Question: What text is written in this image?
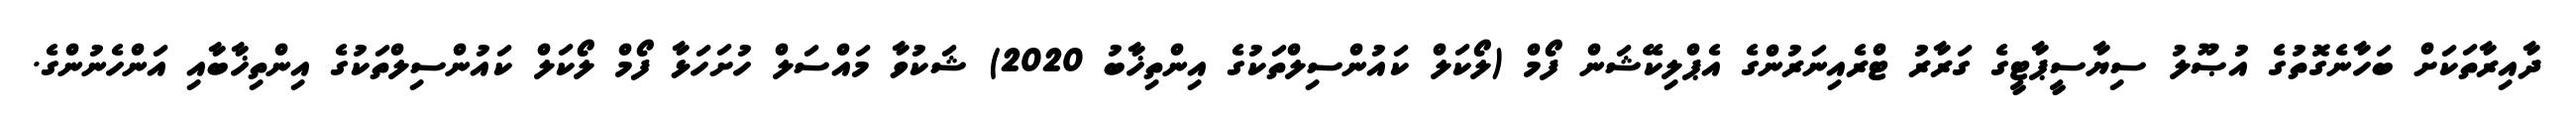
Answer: ދާއިރާތަކަށް ބަހާނެގޮތުގެ އުޞޫލު ސިޔާސީޕާޓީގެ ގަރާރު ޓްރެއިނަރުންގެ އެޕްލިކޭޝަން ފޯމް (ލޯކަލް ކައުންސިލްތަކުގެ އިންތިޚާބު 2020) ޝަކުވާ މައްސަލް ހުށަހަޅާ ފޯމް ލޯކަލް ކައުންސިލްތަކުގެ އިންތިޚާބާއި އަންހެނުންގެ.